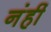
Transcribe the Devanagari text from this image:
नंहीं